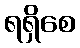
ရရှိစေ